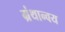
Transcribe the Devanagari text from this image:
ग्रंथान्वय